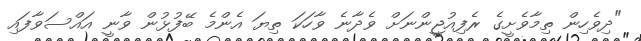
"ދިވެހިން ތިމާވެށީގެ ރެފިއުޖީންނަށް ވެދާނެ ވާހަކަ ތިޔަ އެންމެ ބޭފުޅުން ވާނީ އައްސަވާފައި